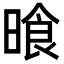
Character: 𣈮